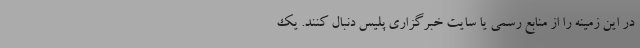
در این زمینه را از منابع رسمی یا سایت خبرگزاری پلیس دنبال کنند. یک